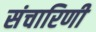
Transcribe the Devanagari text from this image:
संचारिणी